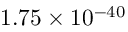
1 . 7 5 \times 1 0 ^ { - 4 0 }